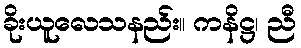
ခိုးယူလေသနည်း။ ကနိဋ္ဌ၊ ညီ